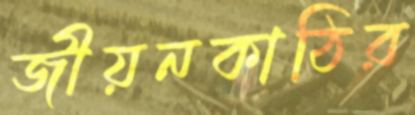
জীয়নকাঠির